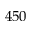
4 5 0